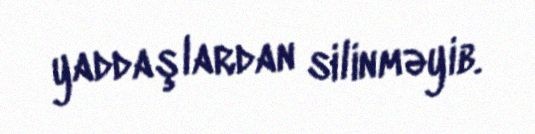
yaddaşlardan silinməyib.